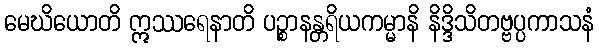
မေဃိယောတိ ဣဿရေနာတိ ပဉ္စာနန္တရိယကမ္မာနိ နိဒ္ဒိသိတဗ္ဗပ္ပကာသနံ